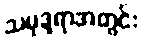
သမုဒ္ဒရာအတွင်း